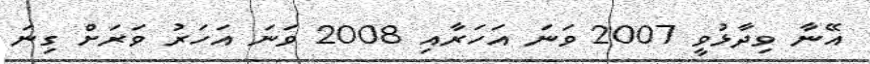
އޭނާ ވިދާޅުވީ 2007 ވަނަ އަހަރާއި 2008 ވަނަ އަހަރު ވަރަށް ގިނަ